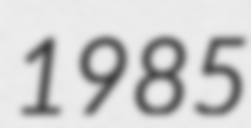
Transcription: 1985